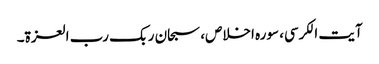
آیت الکرسی، سورہ اخلاص، سبحان ربک رب العزۃ۔